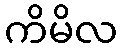
ကိမိလ